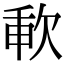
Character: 㰱